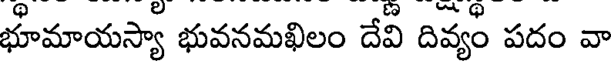
భూమాయస్యా భువనమఖిలం దేవి దివ్యం పదం వా